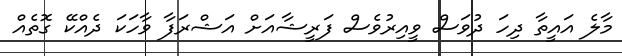
މާލެ އައީތާ ދިހަ ދުވަސް ވީއިރުވެސް ފަރީޝާއަށް އަޝްރަފާ ވާހަކަ ދެއްކޭ ގޮތެއް